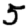
Digit: 5